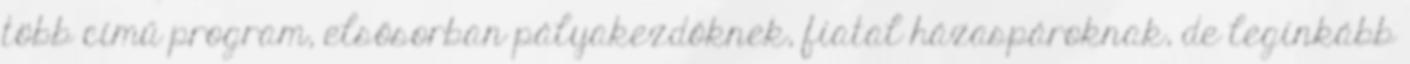
több című program, elsősorban pályakezdőknek, fiatal házaspároknak, de leginkább